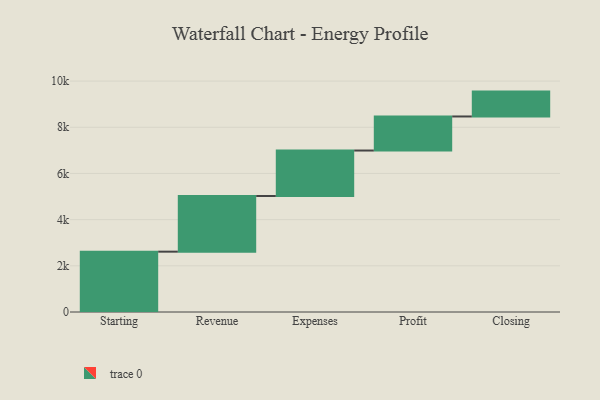
{"axis": {"x": "Step", "y": "Value"}, "legend": [""], "data": [{"x": "Starting", "y": 2613.0, "type": ""}, {"x": "Revenue", "y": 2410.0, "type": ""}, {"x": "Expenses", "y": 1969.0, "type": ""}, {"x": "Profit", "y": 1475.0, "type": ""}, {"x": "Closing", "y": 1077.0, "type": ""}]}